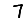
Digit: 7